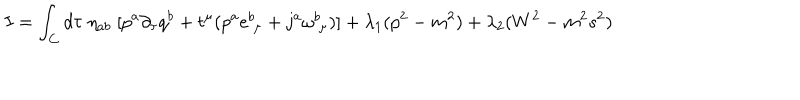
I = \int _ { C } d \tau \; \eta _ { a b } \; [ p ^ { a } \partial _ { \tau } q ^ { b } + t ^ { \mu } ( p ^ { a } e _ { \; \mu } ^ { b } + j ^ { a } \omega _ { \; \mu } ^ { b } ) ] + \lambda _ { 1 } ( p ^ { 2 } - m ^ { 2 } ) + \lambda _ { 2 } ( W ^ { 2 } - m ^ { 2 } s ^ { 2 } )